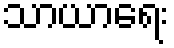
သာယာရေး